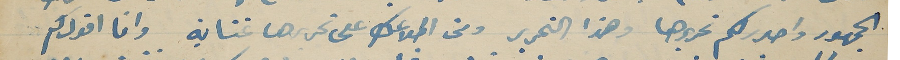
الجمهور واحرركم تحريرها وهذا التحرير ومن اطلاعك على تحريرها تمناية وانا اقول كم